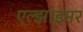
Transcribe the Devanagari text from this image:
एल्झाइमर